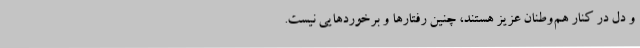
و دل در کنار هم‌وطنان عزیز هستند، چنین رفتارها و برخوردهایی نیست.